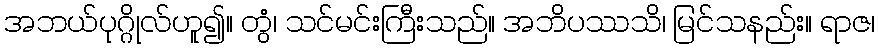
အဘယ်ပုဂ္ဂိုလ်ဟူ၍။ တွံ၊ သင်မင်းကြီးသည်။ အဘိပဿသိ၊ မြင်သနည်း။ ရာဇ၊